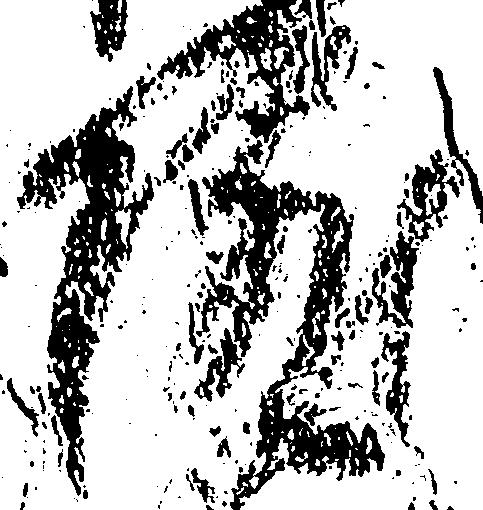
院